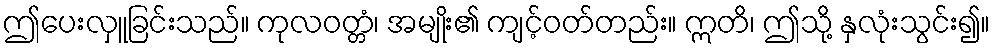
ဤပေးလှူခြင်းသည်။ ကုလဝတ္တံ၊ အမျိုး၏ ကျင့်ဝတ်တည်း။ ဣတိ၊ ဤသို့ နှလုံးသွင်း၍။